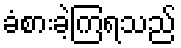
ခံစားခဲ့ကြရသည်